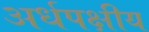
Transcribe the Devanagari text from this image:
अर्धपक्षीय